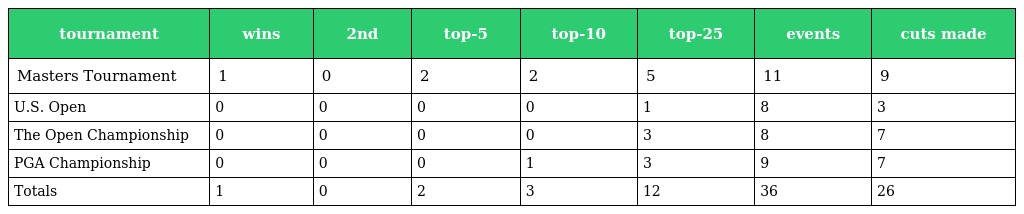
| tournament | wins | 2nd | top-5 | top-10 | top-25 | events | cuts made |
 | --- | --- | --- | --- | --- | --- | --- | --- |
 | Masters Tournament | 1 | 0 | 2 | 2 | 5 | 11 | 9 |
 | U.S. Open | 0 | 0 | 0 | 0 | 1 | 8 | 3 |
 | The Open Championship | 0 | 0 | 0 | 0 | 3 | 8 | 7 |
 | PGA Championship | 0 | 0 | 0 | 1 | 3 | 9 | 7 |
 | Totals | 1 | 0 | 2 | 3 | 12 | 36 | 26 |